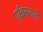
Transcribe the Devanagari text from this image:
एडिसनाने